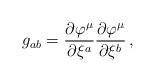
LaTeX: \begin{align*}g_{ab}=\frac{\partial \varphi ^\mu }{\partial \xi ^a}\frac{\partial \varphi ^\mu }{\partial \xi ^b}\, ,\end{align*}